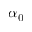
\alpha _ { 0 }